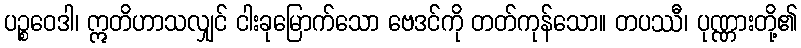
ပဉ္စဝေဒါ၊ ဣတိဟာသလျှင် ငါးခုမြောက်သော ဗေဒင်ကို တတ်ကုန်သော။ တပဿီ၊ ပုဏ္ဏားတို့၏